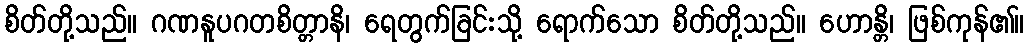
စိတ်တို့သည်။ ဂဏနူပဂတစိတ္တာနိ၊ ရေတွက်ခြင်းသို့ ရောက်သော စိတ်တို့သည်။ ဟောန္တိ၊ ဖြစ်ကုန်၏။